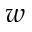
w